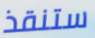
ستنقذ